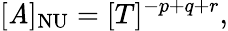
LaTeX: [\mathit{A}]_{\mathrm{{NU}}}=[T]^{-p+q+r},